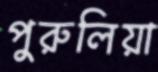
পুরুলিয়া